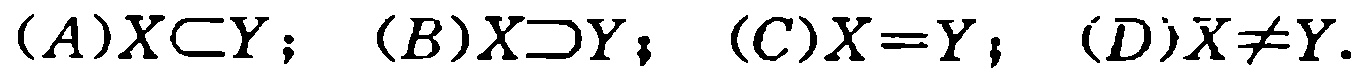
$(A)X\subset Y; \ (B)X\supset Y; \ (C)X = Y; \ (D)X\neq Y.$